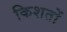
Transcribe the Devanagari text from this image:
किशतों